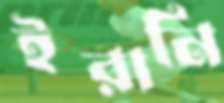
ইরানি